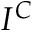
I ^ { C }